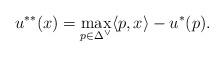
LaTeX: \begin{align*}u^{**}(x)= \max_{p\in \Delta^\vee} \langle p, x\rangle- u^*(p).\end{align*}